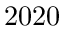
2 0 2 0